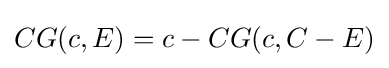
CG(c,E)=c-CG(c,C-E)